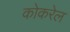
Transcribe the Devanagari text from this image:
कोकरेल